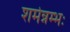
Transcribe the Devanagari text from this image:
शर्मन्नम्भः